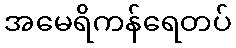
အမေရိကန်ရေတပ်